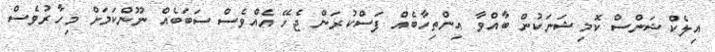
އިލެކްޝަންސް ކޮމިޝަނަކުން ބާއްވާ އިންތިހާބެއް ފަސްކުރަން ޖެހޭ އެއްވެސް ސަބަބެއް ނޫންކަމަށް މިހާރުވެސް